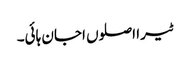
ٹیرا اصلوں اجان ہائی۔